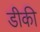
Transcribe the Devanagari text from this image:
डीकी